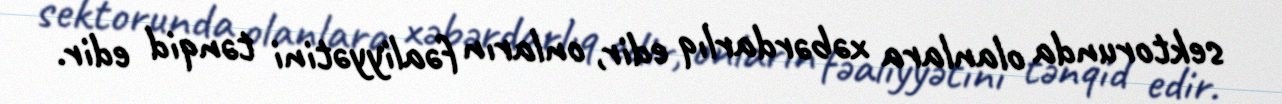
sektorunda olanlara xəbərdarlıq edir, onların fəaliyyətini tənqid edir.